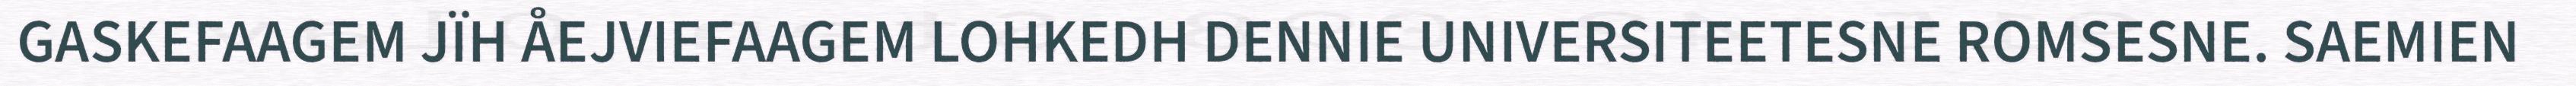
GASKEFAAGEM JÏH ÅEJVIEFAAGEM LOHKEDH DENNIE UNIVERSITEETESNE ROMSESNE. SAEMIEN